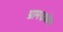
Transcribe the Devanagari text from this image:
ग्रामउद्योग